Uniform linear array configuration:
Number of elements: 48
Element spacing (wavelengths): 0.5
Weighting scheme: cosine
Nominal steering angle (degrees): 0
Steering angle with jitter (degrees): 0.5262
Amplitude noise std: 0.05
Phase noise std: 0.05

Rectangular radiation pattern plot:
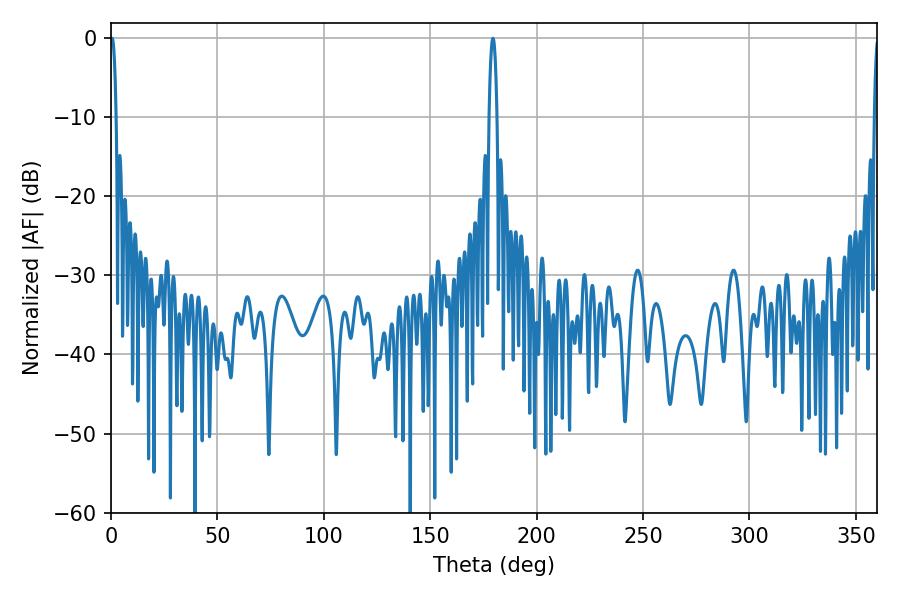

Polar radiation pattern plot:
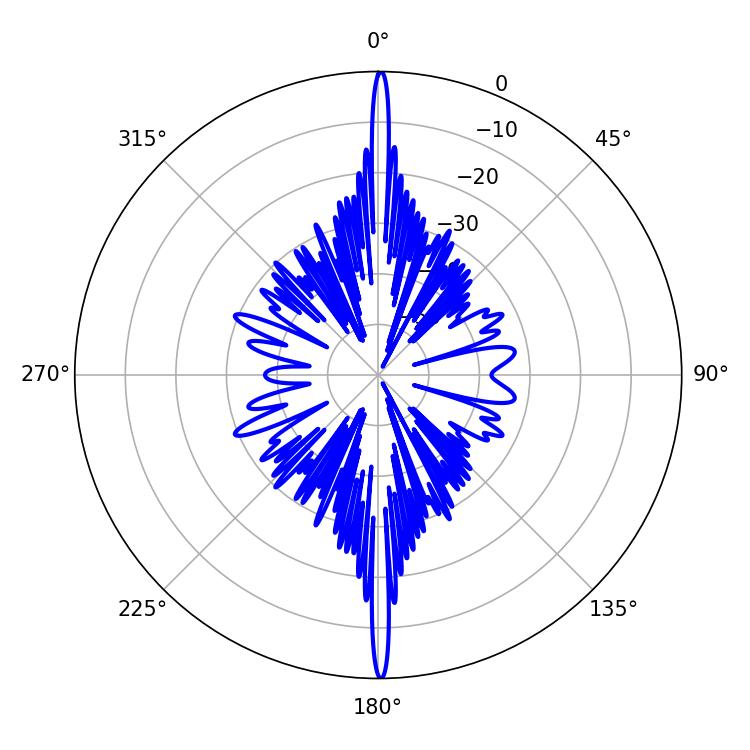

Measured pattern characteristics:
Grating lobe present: FALSE
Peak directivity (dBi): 34.638
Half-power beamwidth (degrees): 1.62
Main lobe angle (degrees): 0.54